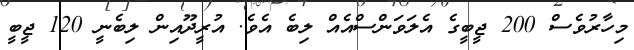
މިހާރުވެސް 200 ޖީބީގެ އެލަވަންސްއެއް ލިބެ އެވެ. އުރީދޫއިން ލިބެނީ 120 ޖީބީ